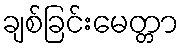
ချစ်ခြင်းမေတ္တာ